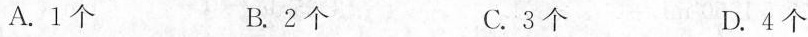
A.1个 B.2个 C.3个 D.4个